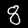
Digit: 8